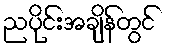
ညပိုင်းအချိန်တွင်